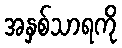
အနှစ်သာရကို